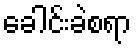
ခေါင်းခဲစရာ